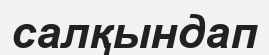
салқындап